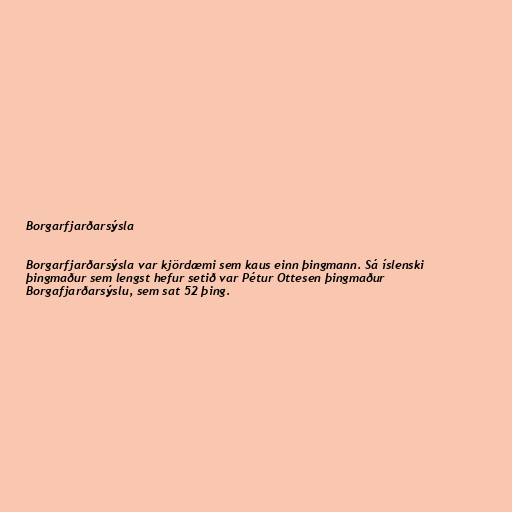
Borgarfjarðarsýsla

Borgarfjarðarsýsla var kjördæmi sem kaus einn þingmann. Sá íslenski
þingmaður sem lengst hefur setið var Pétur Ottesen þingmaður
Borgafjarðarsýslu, sem sat 52 þing.